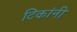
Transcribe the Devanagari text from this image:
टिकांनी